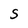
Character: S